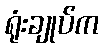
ရုံးချုပ်က